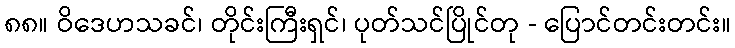
၈၈။ ဝိဒေဟသခင်၊ တိုင်းကြီးရှင်၊ ပုတ်သင်ပြိုင်တု - ပြောင်တင်းတင်း။